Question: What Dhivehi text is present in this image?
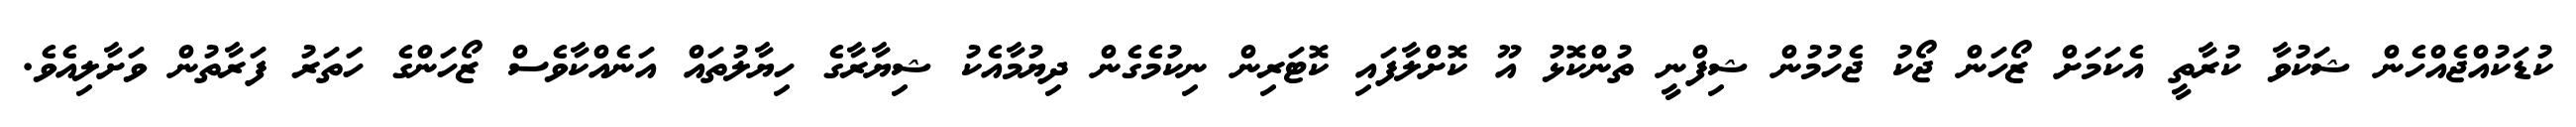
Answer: ކުޑަކުއްޖެއްހެން ޝަކުވާ ކުރާތީ އެކަމަށް ޒޯހަން ޖޯކު ޖެހުމުން ޝިފްނީ ތުންކޮޅު އޫ ކޮށްލާފައި ކޮޓަރިން ނިކުމެގެން ދިޔުމާއެކު ޝިޔާރާގެ ހިޔާލުތައް އަނެއްކާވެސް ޒޯހަންގެ ހަތަރު ފަރާތުން ވަށާލިއެވެ.